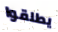
يطلقوا